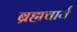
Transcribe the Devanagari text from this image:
ब्रह्मचार्य